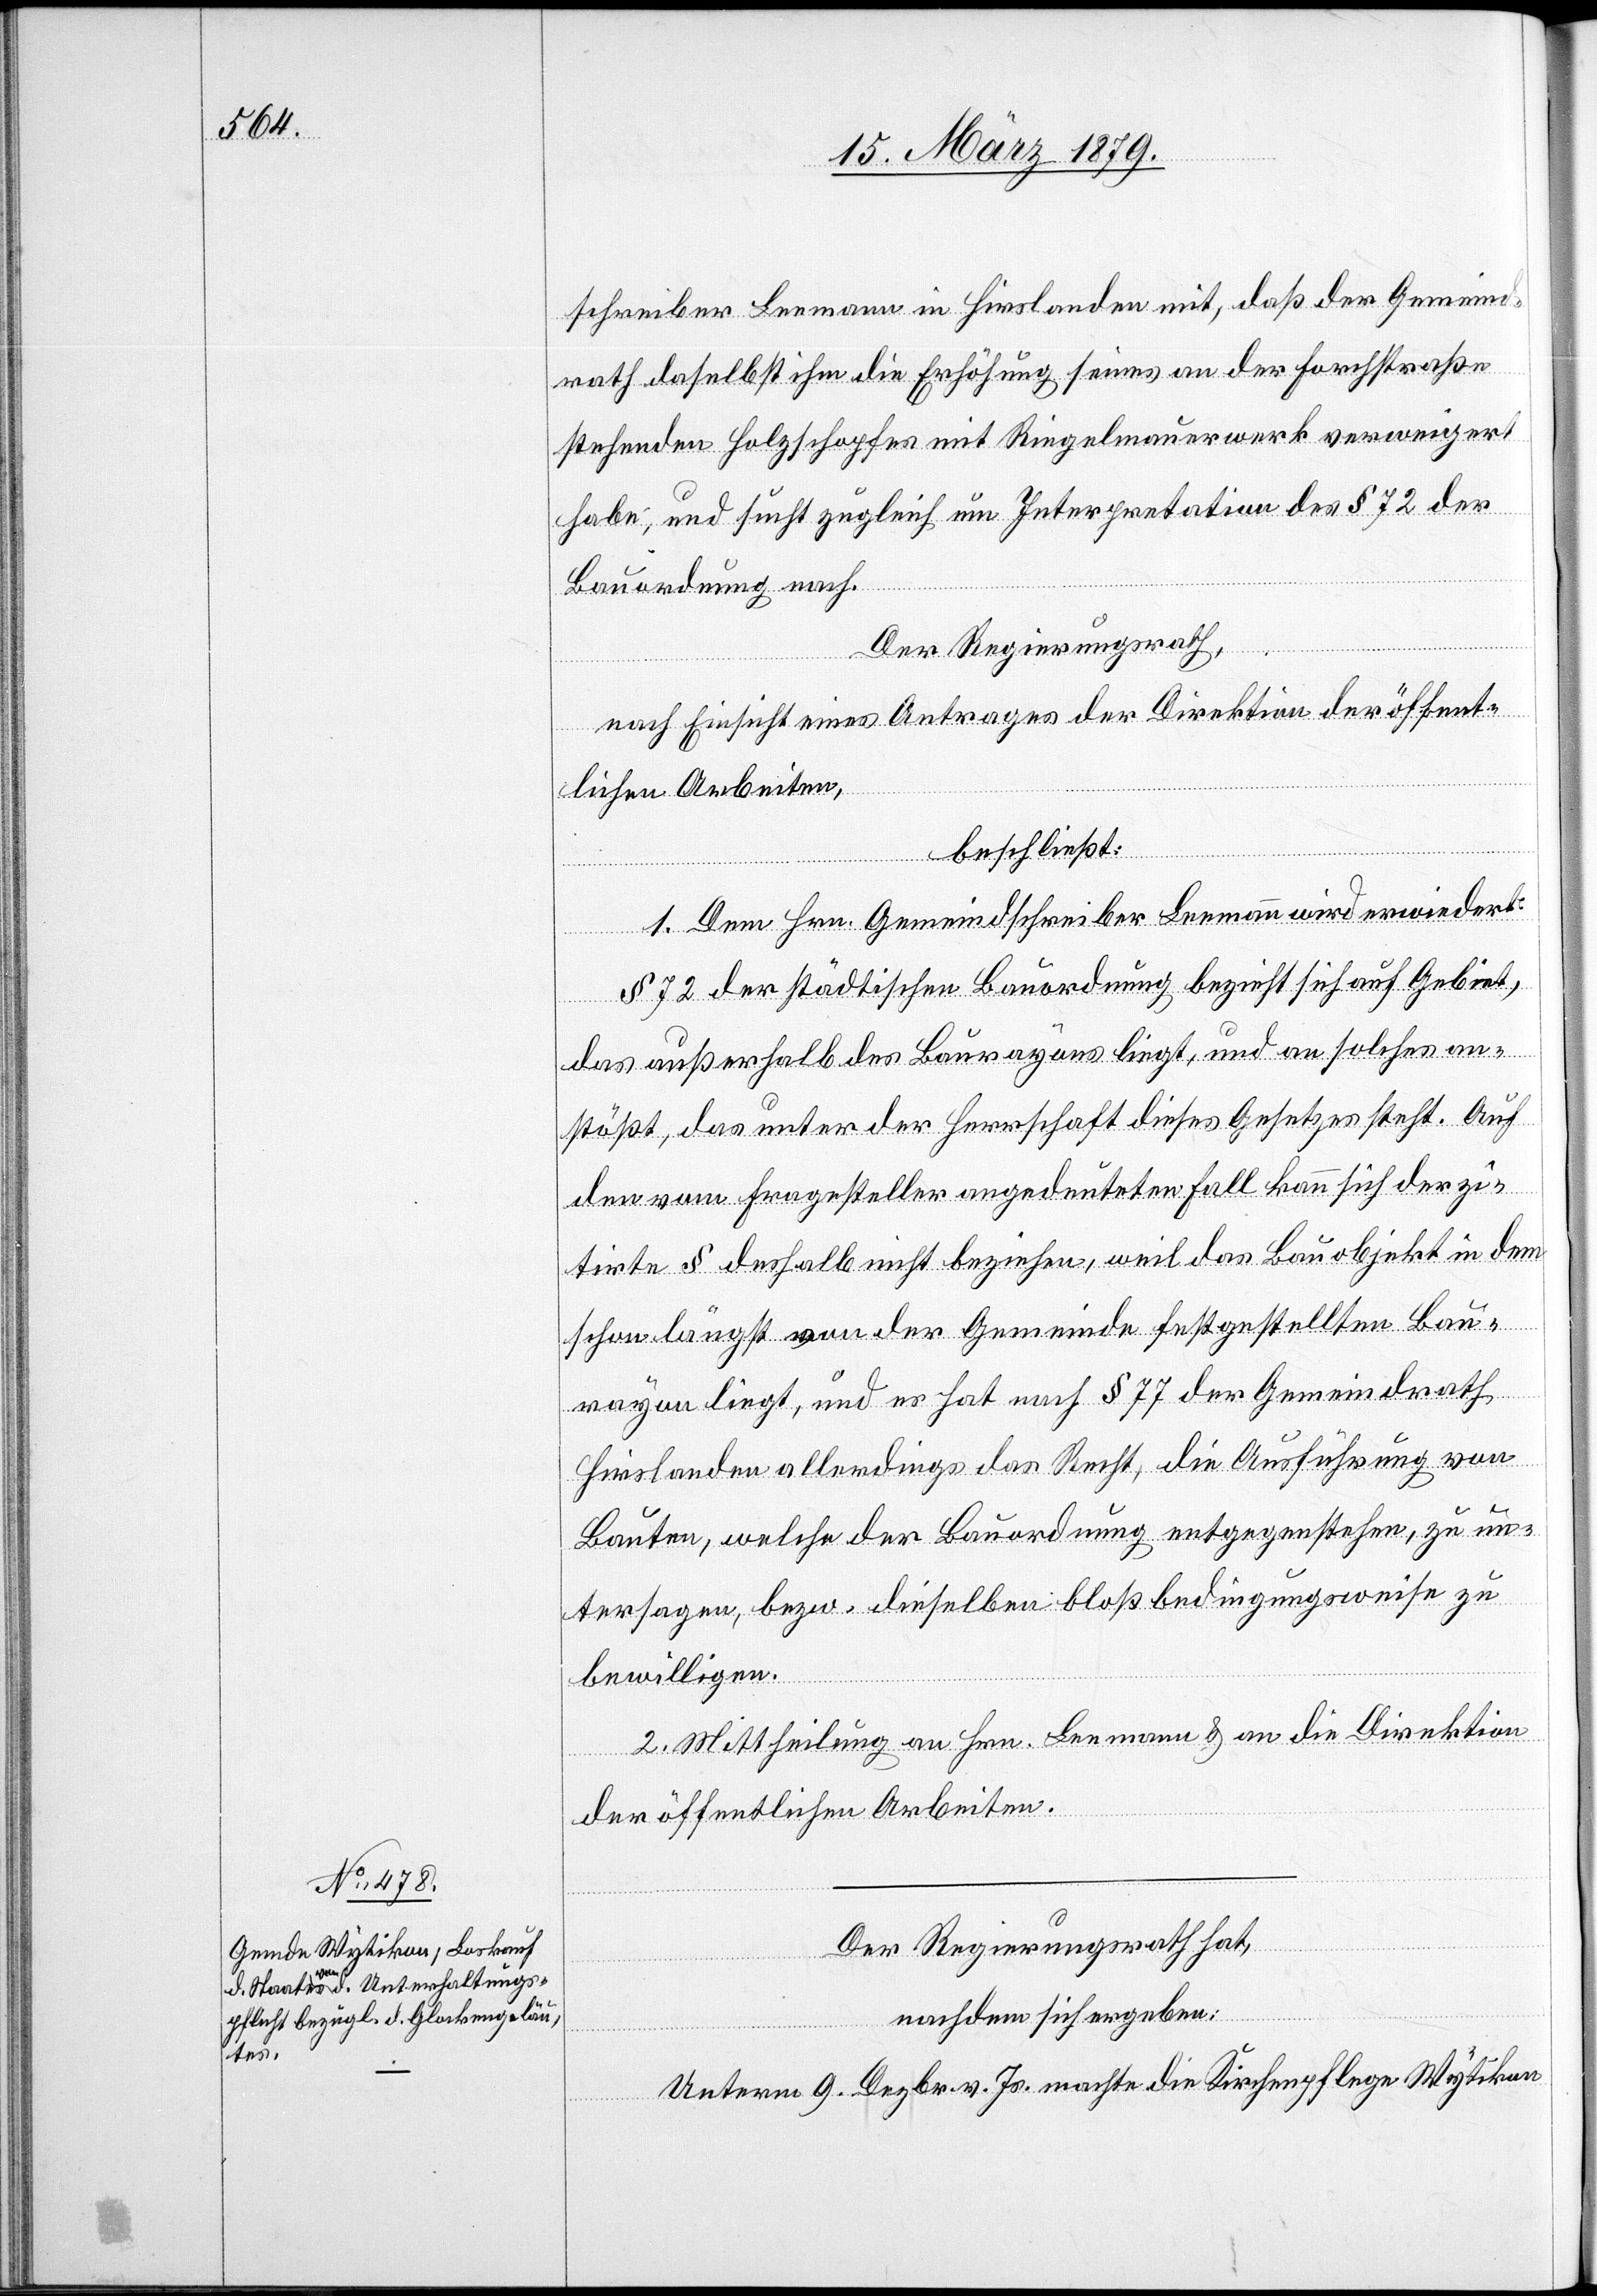
schreiber Leemann in Hirslanden mit, daß der Gemeind¬
rath daselbst ihm die Erhöhung seines an der Forchstraße
stehenden Holzschopfes mit Riegelmauerwerk verweigert
habe, und sucht zugleich um Interpretation des § 72 der
Bauordnung nach.
Der Regierungsrath,
nach Einsicht eines Antrages der Direktion der öffent¬
lichen Arbeiten,
beschließt:
1. Dem Hrn. Gemeindschreiber Leemann wird erwiedert:
§ 72 der städtischen Bauordnung bezieht sich auf Gebiet,
das außerhalb des Baurayons liegt, und an solches an¬
stößt, das unter der Herrschaft dieses Gesetzes steht. Auf
den vom Fragesteller angedeuteten Fall kann sich der zi¬
tirte § deshalb nicht beziehen, weil das Bauobjekt in dem
schon längst von der Gemeinde festgestellten Bau¬
rayon liegt, und es hat nach § 77 der Gemeindrath
Hirslanden allerdings das Recht, die Ausführung von
Bauten, welche der Bauordnung entgegenstehen, zu un¬
tersagen, bzw. dieselben bloß bedingungsweise zu
bewilligen.
2. Mittheilung an Hrn. Leemann & an die Direktion
der öffentlichen Arbeiten.
Der Regierungsrath hat,
nachdem sich ergeben:
Unterm 9. Dezbr. v. Js. machte die Kirchenpflege Wytikon